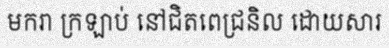
មករា ក្រឡាប់ នៅជិតពេជ្រនិល ដោយសារ